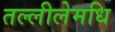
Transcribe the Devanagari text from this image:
तल्लीलेमधि